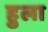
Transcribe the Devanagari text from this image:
हुला